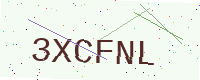
Text: 3XCFNL